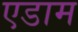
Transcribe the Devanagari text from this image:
एडाम